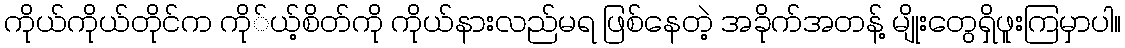
ကိုယ်ကိုယ်တိုင်က ကို်ယ့်စိတ်ကို ကိုယ်နားလည်မရ ဖြစ်နေတဲ့ အခိုက်အတန့် မျိုးတွေရှိဖူးကြမှာပါ။